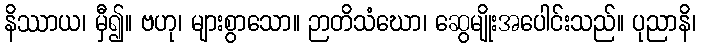
နိဿာယ၊ မှီ၍။ ဗဟု၊ များစွာသော။ ဉာတိသံဃော၊ ဆွေမျိုးအပေါင်းသည်။ ပုညာနိ၊